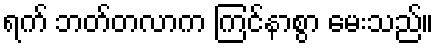
ရက် ဘတ်တလာက ကြင်နာစွာ မေးသည်။